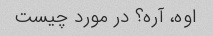
اوه، آره؟ در مورد چیست